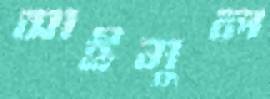
সাইমুল